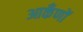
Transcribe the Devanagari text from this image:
आकँणों